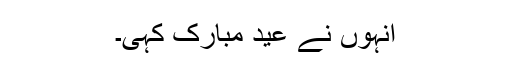
انہوں نے عید مبارک کہی۔